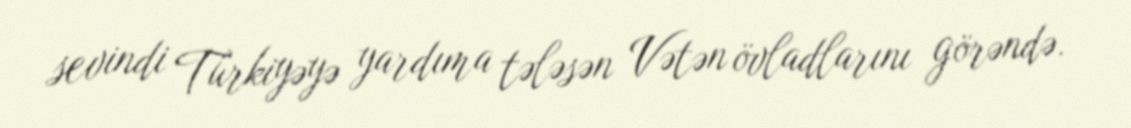
sevindi Türkiyəyə yardıma tələsən Vətən övladlarını görəndə.